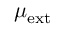
\mu _ { \mathrm { e x t } }